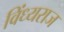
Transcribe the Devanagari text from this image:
विंध्यराज